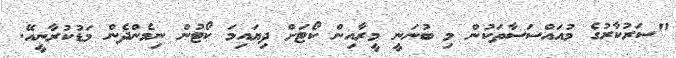
"ސަރުކާރުގެ މުއައްސަސާތަކުން މި ބުނަނީ މީރާއިން ކޯޓަށް ދިޔައިމަ ކޯޓުން ނިމެންދެން މަޑުކުރާނީއޭ.